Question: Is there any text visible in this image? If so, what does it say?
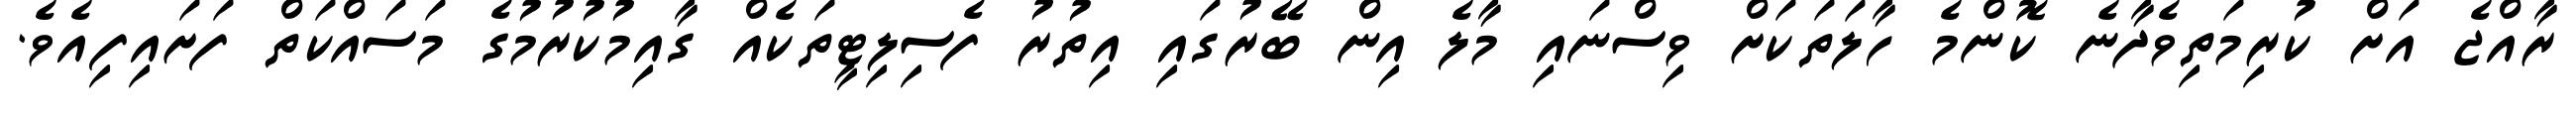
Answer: ރާއްޖެ އަށް ކުރިމަތިވެދާނެ ކޮންމެ ހާލަތަކަށް ވިސްނައި މާލެ އިން ބޭރުގައި އިތުރު ފެސިލިޓީތަކެއް ގާއިމުކުރުމުގެ މަސައްކަތް ފަށައިފިއެވެ.